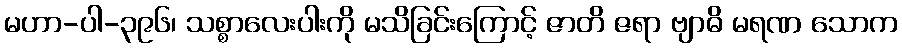
မဟာ-ပါ-၃၉၆၊ သစ္စာလေးပါးကို မသိခြင်းကြောင့် ဇာတိ ဇရာ ဗျာဓိ မရဏ သောက